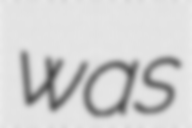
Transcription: was